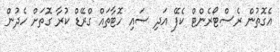
އެގޮތުން ރެސްޓޯރެންޓް ކެފޭ އަދި ސައި ހޮޓާތައް ގްރޭޑް ކުރާ ގޮތަށް ހެދުން